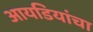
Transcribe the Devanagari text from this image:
आयडियांचा